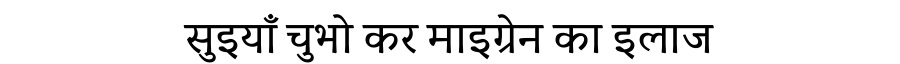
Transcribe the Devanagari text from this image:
सुइयाँ चुभो कर माइग्रेन का इलाज